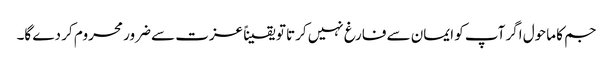
جم کا ماحول اگر آپ کو ایمان سے فارغ نہیں کرتا تو یقیناً عزت سے ضرور محروم کر دے گا۔